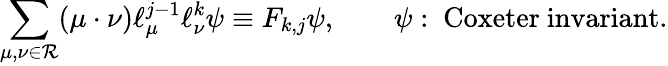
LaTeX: \sum_{\mu,\nu\in{\cal R}}(\mu\cdot\nu)\ell_{\mu}^{j-1}\ell_{\nu}^{k}\psi\equiv F_{k,j}\psi,\qquad\psi:\ \mathrm{Coxeter~invariant}.